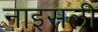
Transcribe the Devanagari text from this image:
नाइसली